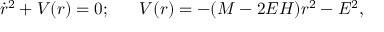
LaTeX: \dot { r } ^ { 2 } + V ( r ) = 0 ; \; \; \; \; \; \; V ( r ) = - ( M - 2 E H ) r ^ { 2 } - E ^ { 2 } ,